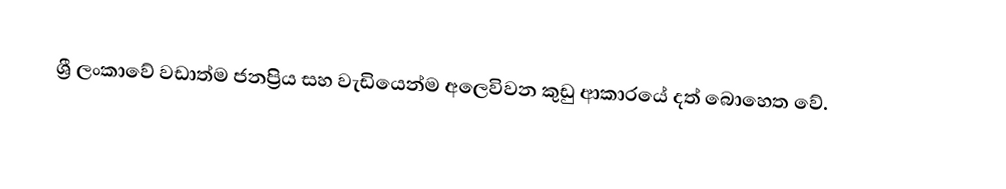
ශ්‍රී ලංකාවේ වඩාත්ම ජනප්‍රිය  සහ වැඩියෙන්ම අලෙවිවන  කුඩු ආකාරයේ දත් බොහෙත වේ.